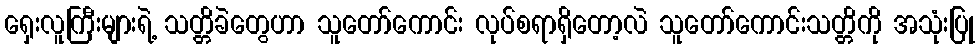
ရှေးလူကြီးများရဲ့ သတ္တိခဲတွေဟာ သူတော်ကောင်း လုပ်စရာရှိတော့လဲ သူတော်ကောင်းသတ္တိကို အသုံးပြု